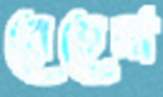
রেহেনা